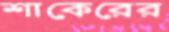
শাকেরের